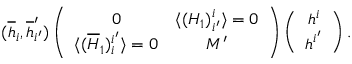
( \overline { { { h } } } _ { i } , \overline { { { h } } } _ { i ^ { \prime } } ^ { \prime } ) \left( \begin{array} { c c } { { 0 } } & { { \langle ( H _ { 1 } ) _ { i ^ { \prime } } ^ { i } \rangle = 0 } } \\ { { \langle ( \overline { { { H } } } _ { 1 } ) _ { i } ^ { i ^ { \prime } } \rangle = 0 } } & { { M ^ { \prime } } } \end{array} \right) \left( \begin{array} { c } { { h ^ { i } } } \\ { { h ^ { i ^ { \prime } } } } \end{array} \right) .